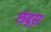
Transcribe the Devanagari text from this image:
छंद्स